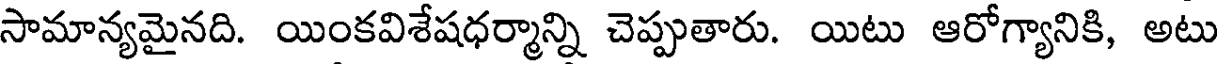
సామాన్యమైనది. యింకవిశేషధర్మాన్ని చెప్పుతారు. యిటు ఆరోగ్యానికి, అటు